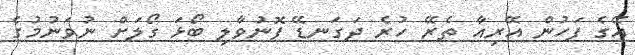
އޭގެ ފަހުން އޭރިއާ ތެރޭ ހުރެ ދަގަނޑޭ ފޮނުވާލި ބޯޅަ ގޯލަށް ނުވަނުމުގެ